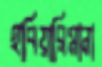
হাবিয়ারিমানা